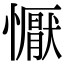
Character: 懨